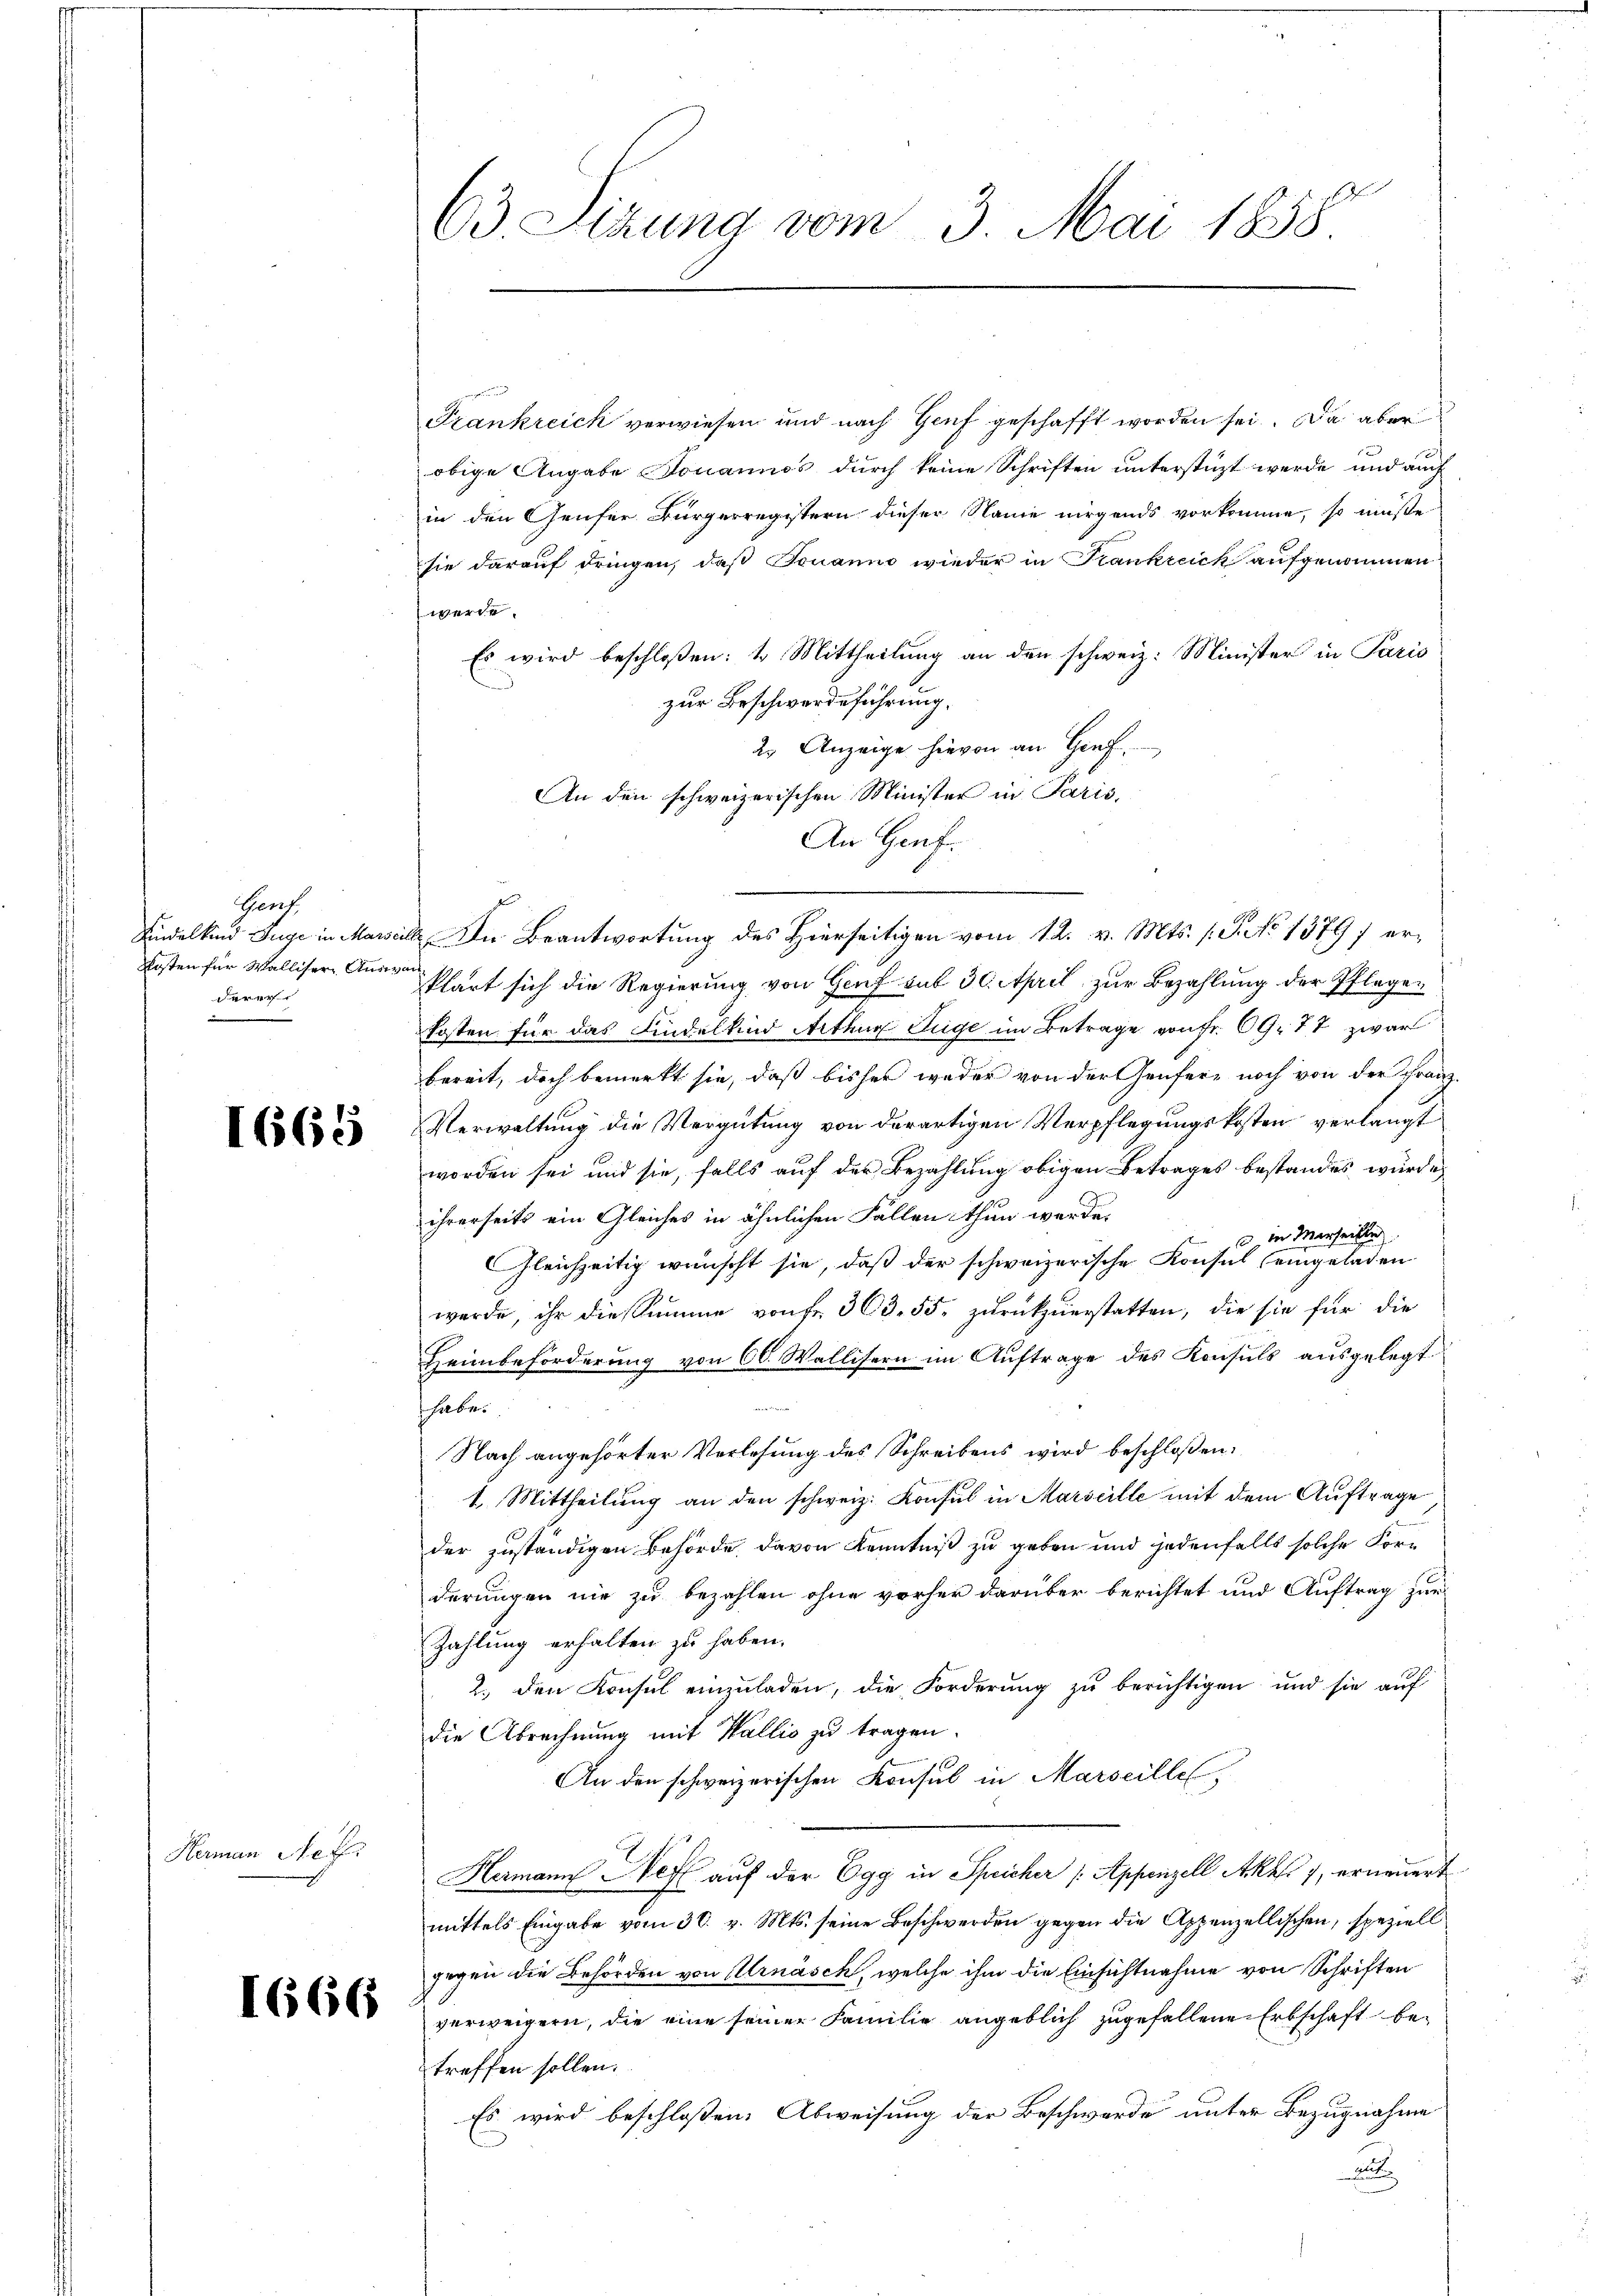
Gruch.
Kosten für Walliser Auswan
derer

Hermann Nef

1666

63. Sizung vom 3. Mai 1858.

Frankreich verwiesen und nach Genf geschafft worden sei. Da aber
obige Angabe Jonannos durch keine Schriften unterstüzt werde und auch
in den Genfer Bürgerregistern dieser Name nirgends vorkomme, so müßte
sie darauf dringen, daß Fouanno wieder in Frankreich aufgenommen
werde.
Es wird beschloßen: 1. Mittheilung an den schweiz. Minister in Paris
zur Beschwerdeführung.
2. Anzeige hievon an Graf.
An den schweizerischen Minister in Paris.
An Genf.
Findelkind Juge in Marseile. Die Beantwortung des Hierseitigen vom 12. v. Mts. (T. No 1379) er¬
Phart sich die Regierung von Genf mit 30. April zur Bezahlung der Pflegen
kosten für das Findelkind Arthur Juge im Betrage von Fr. 69. 77 zwar
bereit, doch bemerkt sie, daß bisher weder von der Genfere noch von der Franz-
 Verwaltung die Vergütung von derartigen Verpflegungskosten verlangt
worden sei und sie, falls auf der Bezahlung obigen Betrages bestandes wurde,
ihrerseits ein Gleiches in ähnlichen Fällen thun werde.
in Merseille
6
Gleichzeitig wünscht sie, daß der schweizerische Konsul eingeladen
werde, ihr die summe von fr. 303. 55. zŭrückzuerstatten, die sie für die
Heimbeförderung von 60. Wallisern im Auftrage des Konsuls ausgelegt
i
shalben
Nach angehörter Verlesung des Schreibens wird beschloßen:
1. Mittheilung an den schweiz. Konsul in Marseille mit dem Auftrage
der zuständigen Behörde. Davon Kenntniß zu geben und jedenfalls solche Forderungen nie zu bezahlen ohne vorher darüber berichtet und Auftrag zur
Zahlung erhalten zu haben.
2., den Konsul einzuladen, die Forderung zu berichtigen und sie auf
die Abrechnung mit Wallis zu tragen.
An den schweizerischen Konsul in Marseille
Hermann Heft auf der Egg in Speicher (Appenzell Akk 7, erneuert
mittels Eingabe vom 30. v. Mts. seine Beschwerden gegen die Appenzellischen, speziell
gegen die Behörden von Urnäsch, welche ihm die Einsichtnahme von Schriften
verweigern, die eine seiner Familie angeblich zugefallene Erbschaft betreffen sollen.
Es wird beschloßen: Abweisung der Beschwerde unter Bezugnahme
A